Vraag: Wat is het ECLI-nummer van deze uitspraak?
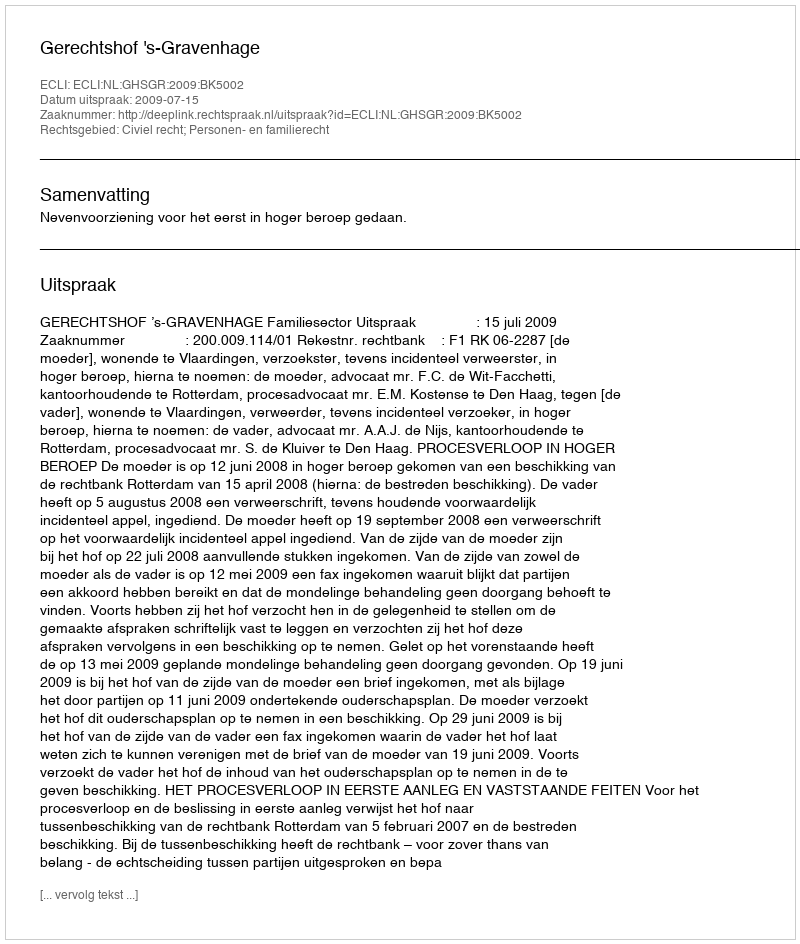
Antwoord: ECLI:NL:GHSGR:2009:BK5002